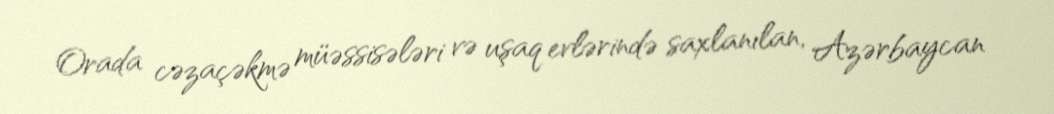
Orada cəzaçəkmə müəssisələri və uşaq evlərində saxlanılan, Azərbaycan